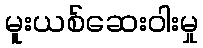
မူးယစ်ဆေးဝါးမှု